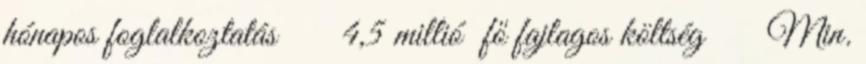
hónapos foglalkoztatás  4,5 millió fő fajlagos költség  Min.